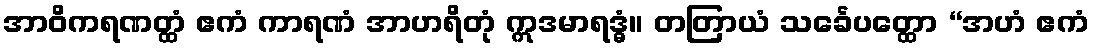
အာဝိကရဏတ္ထံ ဧကံ ကာရဏံ အာဟရိတုံ ဣဒမာရဒ္ဓံ။ တတြာယံ သင်္ခေပတ္ထော “အဟံ ဧကံ